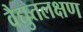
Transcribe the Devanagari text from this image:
वैद्युतलक्षण